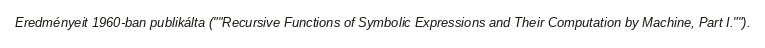
Eredményeit 1960-ban publikálta (""Recursive Functions of Symbolic Expressions and Their Computation by Machine, Part I."").